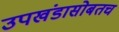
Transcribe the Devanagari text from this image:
उपखंडासोबतच